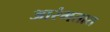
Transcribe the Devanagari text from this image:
आरंभतात